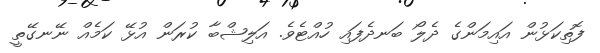
ފޮތިކަޅުން އައިމަންގެ ދެލޯ ބަނދެފައި ހުއްޓެވެ. އަލިޝްބާ ކުރަން އުޅޭ ކަމެއް ނޭނގޭތީ